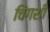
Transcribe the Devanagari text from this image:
चिंगशी